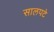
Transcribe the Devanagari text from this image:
सालपटे